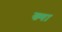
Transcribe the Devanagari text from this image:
ख्या